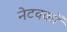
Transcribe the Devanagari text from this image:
नेटवकों